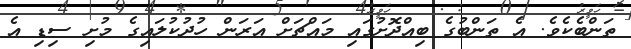
ތަންބެކެވެ. އެ ތަންބުގެ ބިއްދޮށުގައި މައްޗަށް އަރަން ހުދުކުލައިގެ މުށި ސިޑި އެ